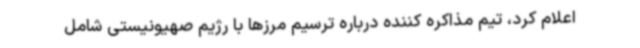
اعلام کرد، تیم مذاکره کننده درباره ترسیم مرزها با رژیم صهیونیستی شامل